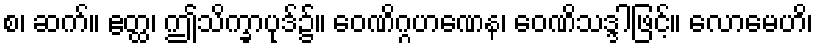
စ၊ ဆက်။ ဧတ္ထ၊ ဤသိက္ခာပုဒ်၌။ ဝေဏိဂ္ဂဟဏေန၊ ဝေဏိသဒ္ဒါဖြင့်။ လောမေဟိ၊